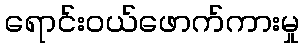
ရောင်းဝယ်ဖောက်ကားမှု